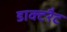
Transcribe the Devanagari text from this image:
डाक्टरैट